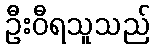
ဦးဝီရသူသည်